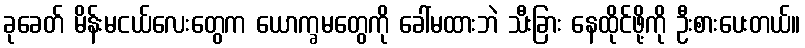
ခုခေတ် မိန်းမငယ်လေးတွေက ယောက္ခမတွေကို ခေါ်မထားဘဲ သီးခြား နေထိုင်ဖို့ကို ဦးစားပေးတယ်။